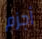
أجزم